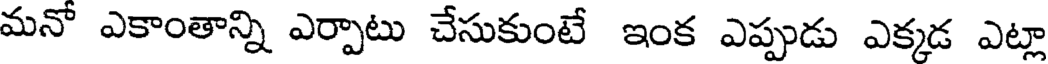
మనో ఎకాంతాన్ని ఎర్పాటు చేసుకుంటే ఇంక ఎప్పుడు ఎక్కడ ఎట్లా